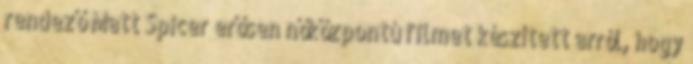
rendező Matt Spicer erősen nőközpontú filmet készített arról, hogy